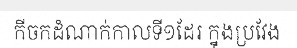
កីចកដំណាក់កាលទី១ដែរ ក្នុងប្រវែង